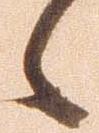
候